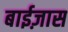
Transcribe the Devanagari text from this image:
बाईज़ास